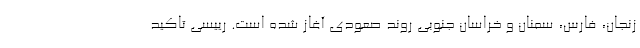
زنجان، فارس، سمنان و خراسان جنوبی روند صعودی آغاز شده است. رییسی تاکید